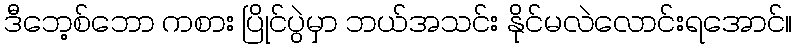
ဒီဘေ့စ်ဘော ကစား ပြိုင်ပွဲမှာ ဘယ်အသင်း နိုင်မလဲလောင်းရအောင်။